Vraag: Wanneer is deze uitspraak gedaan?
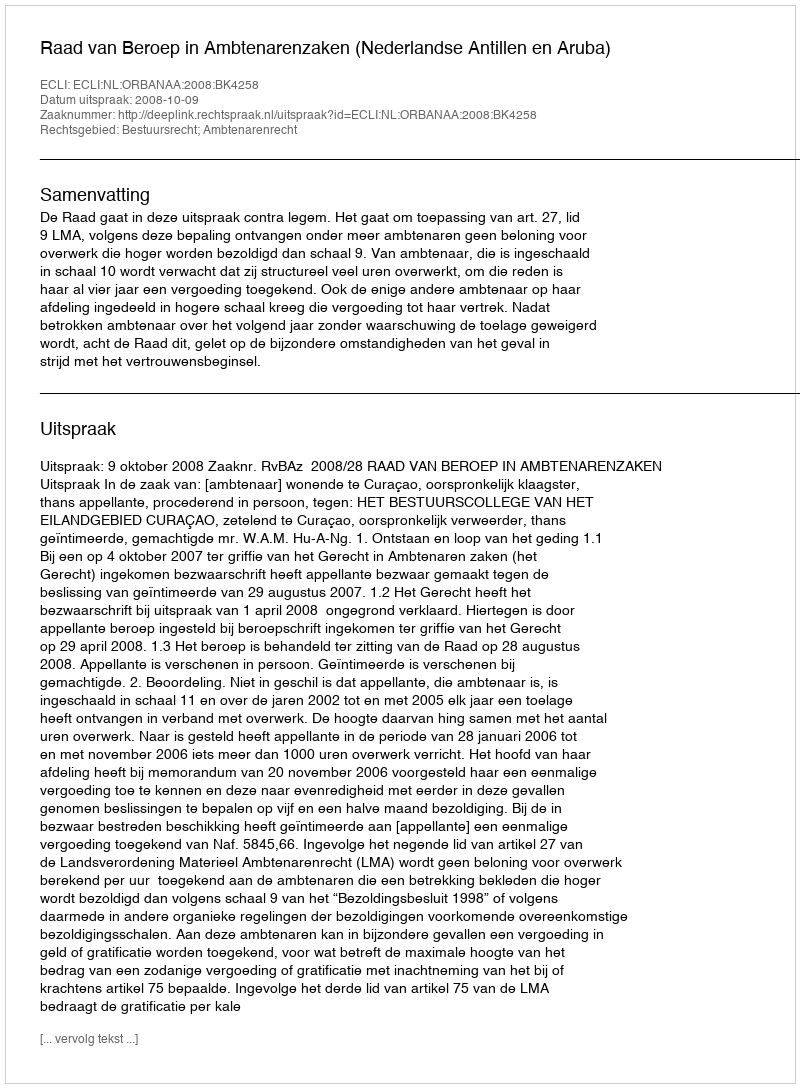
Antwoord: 2008-10-09